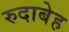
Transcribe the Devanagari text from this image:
रुदाबेह